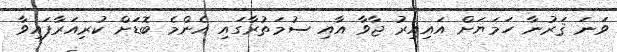
ވަނަ ޤަރުނާ ހަމަޔަށް އައިއިރު ޖާވާ އާއި ސުމަތުރާގައި އެންމެ ބޮޑަށް ކުރިއަރާފައިވާ